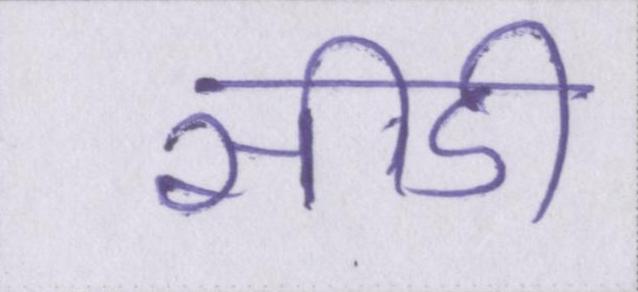
सीडी